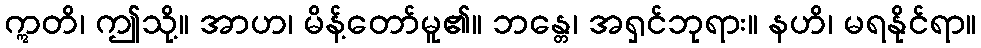
ဣတိ၊ ဤသို့။ အာဟ၊ မိန့်တော်မူ၏။ ဘန္တေ၊ အရှင်ဘုရား။ နဟိ၊ မရနိုင်ရာ။